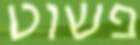
פשוט